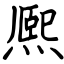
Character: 熈